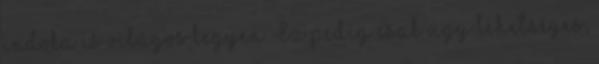
indoka is világos legyen. Ez pedig csak úgy lehetséges,